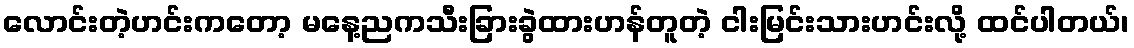
လောင်းတဲ့ဟင်းကတော့ မနေ့ညကသီးခြားခွဲထားဟန်တူတဲ့ ငါးမြင်းသားဟင်းလို့ ထင်ပါတယ်၊